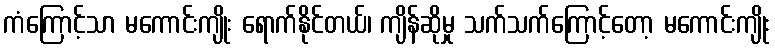
ကံကြောင့်သာ မကောင်းကျိုး ရောက်နိုင်တယ်၊ ကျိန်ဆိုမှု သက်သက်ကြောင့်တော့ မကောင်းကျိုး